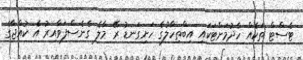
ޓެސްޓް ތަކެއް ހެދުމަށްޓަކައި އިބްތިހާލުގެ ހަށިގަނޑު ރޭ މާލެ ގެނެސްފަވާއިރު އެ ކުއްޖާގެ